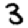
Digit: 3